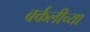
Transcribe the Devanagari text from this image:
बर्कलीच्या